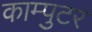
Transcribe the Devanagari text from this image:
काम्पुटर